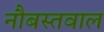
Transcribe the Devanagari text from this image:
नौबस्तवाल